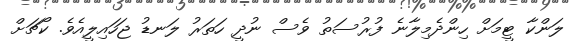
ލަންކާ ޓީމަށް ހިންދެމިލާނެ ފުރުސަތު ވެސް ނުދީ ހަތަރު ލަނޑު ޖަހައިލީއެވެ. ކޯޗަށް